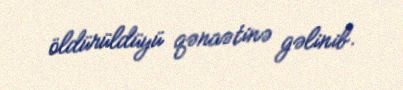
öldürüldüyü qənaətinə gəlinib.